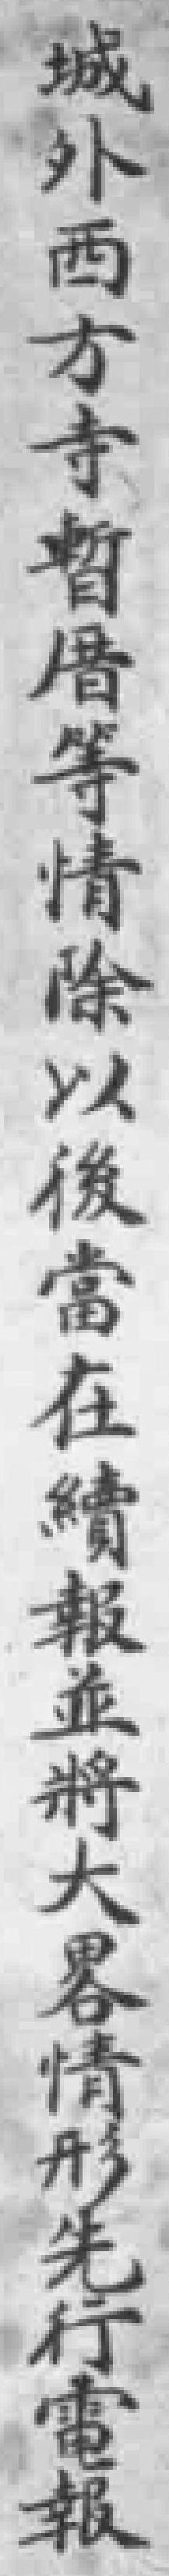
城外西方寺暫厝等情除以後當在續報並將大畧情形先行電報